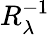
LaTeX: R_{\lambda}^{-1}